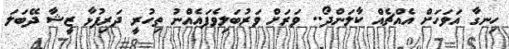
ހިނގާ އަވަހަށް އެއްޗެއް ކާލަންދޯ.. ވަރަށް ވަރުބަލިވެފައެއްނު ތިހުރީ ދަރިފުޅާ ޒީޝާ ދޭބަލަ